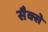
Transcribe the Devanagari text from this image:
सैक्से